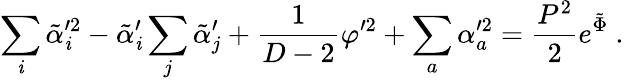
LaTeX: \sum_{\mathit{i}}\tilde{{\alpha}}_{\mathit{i}}^{\prime2}-\tilde{{\alpha}}_{\mathit{i}}^{\prime}\sum_{j}\tilde{{\alpha}}_{j}^{\prime}+{\frac{{1}}{{D-2}}}\varphi^{\prime2}+\sum_{a}\alpha_{a}^{\prime2}={\frac{{P^{2}}}{{2}}}e^{\tilde{{\Phi}}}\ .